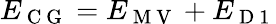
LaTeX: E_{\mathrm{~C~G~}}=E_{\mathrm{~M~V~}}+E_{\mathrm{~D~1~}}